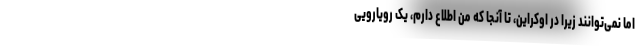
اما نمی‌توانند زیرا در اوکراین، تا آنجا که من اطلاع دارم، یک رویارویی